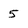
Character: 5